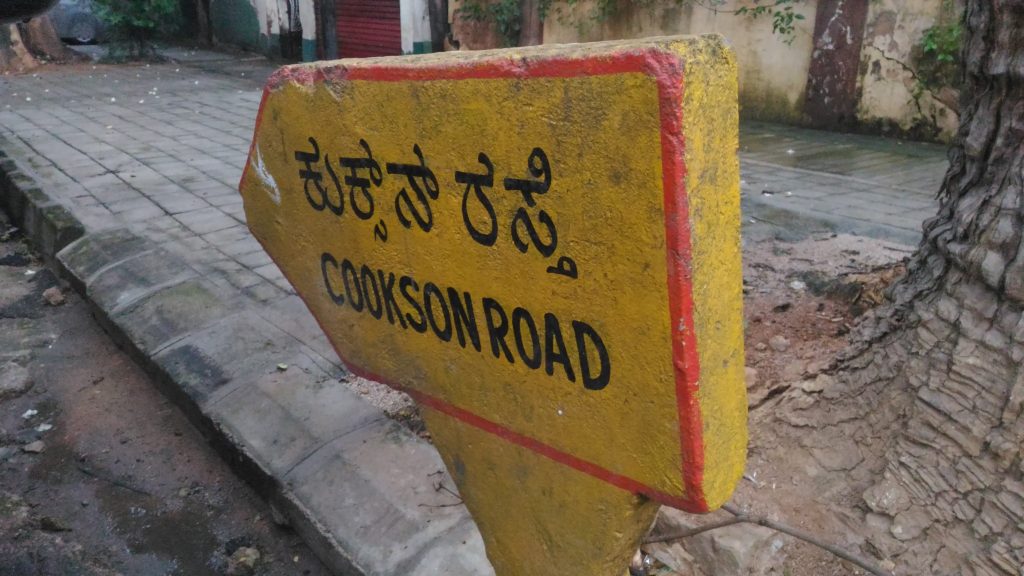
Language: kannada
Transcription: ರಸ್ತೆ ಕುಕ್ಕನ್